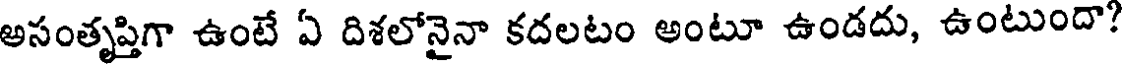
అసంతృప్తిగా ఉంటే ఏ దిశలోనైనా కదలటం అంటూ ఉండదు, ఉంటుందా?